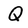
Character: Q